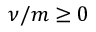
\nu / m \ge 0